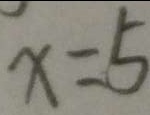
x = 5